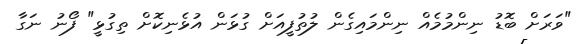
"ވަރަށް ބޮޑު ނިންމުމެއް ނިންމައިގެން ލުތުފީއަށް ގުޅަން އުޅެނިކޮށް ތިގުޅީ" ފޯނު ނަގާ